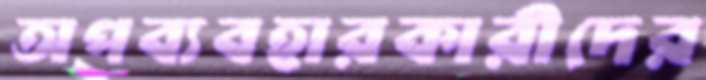
অপব্যবহারকারীদের